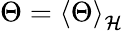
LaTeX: \Theta=\left<\Theta\right>_{\mathcal{H}}